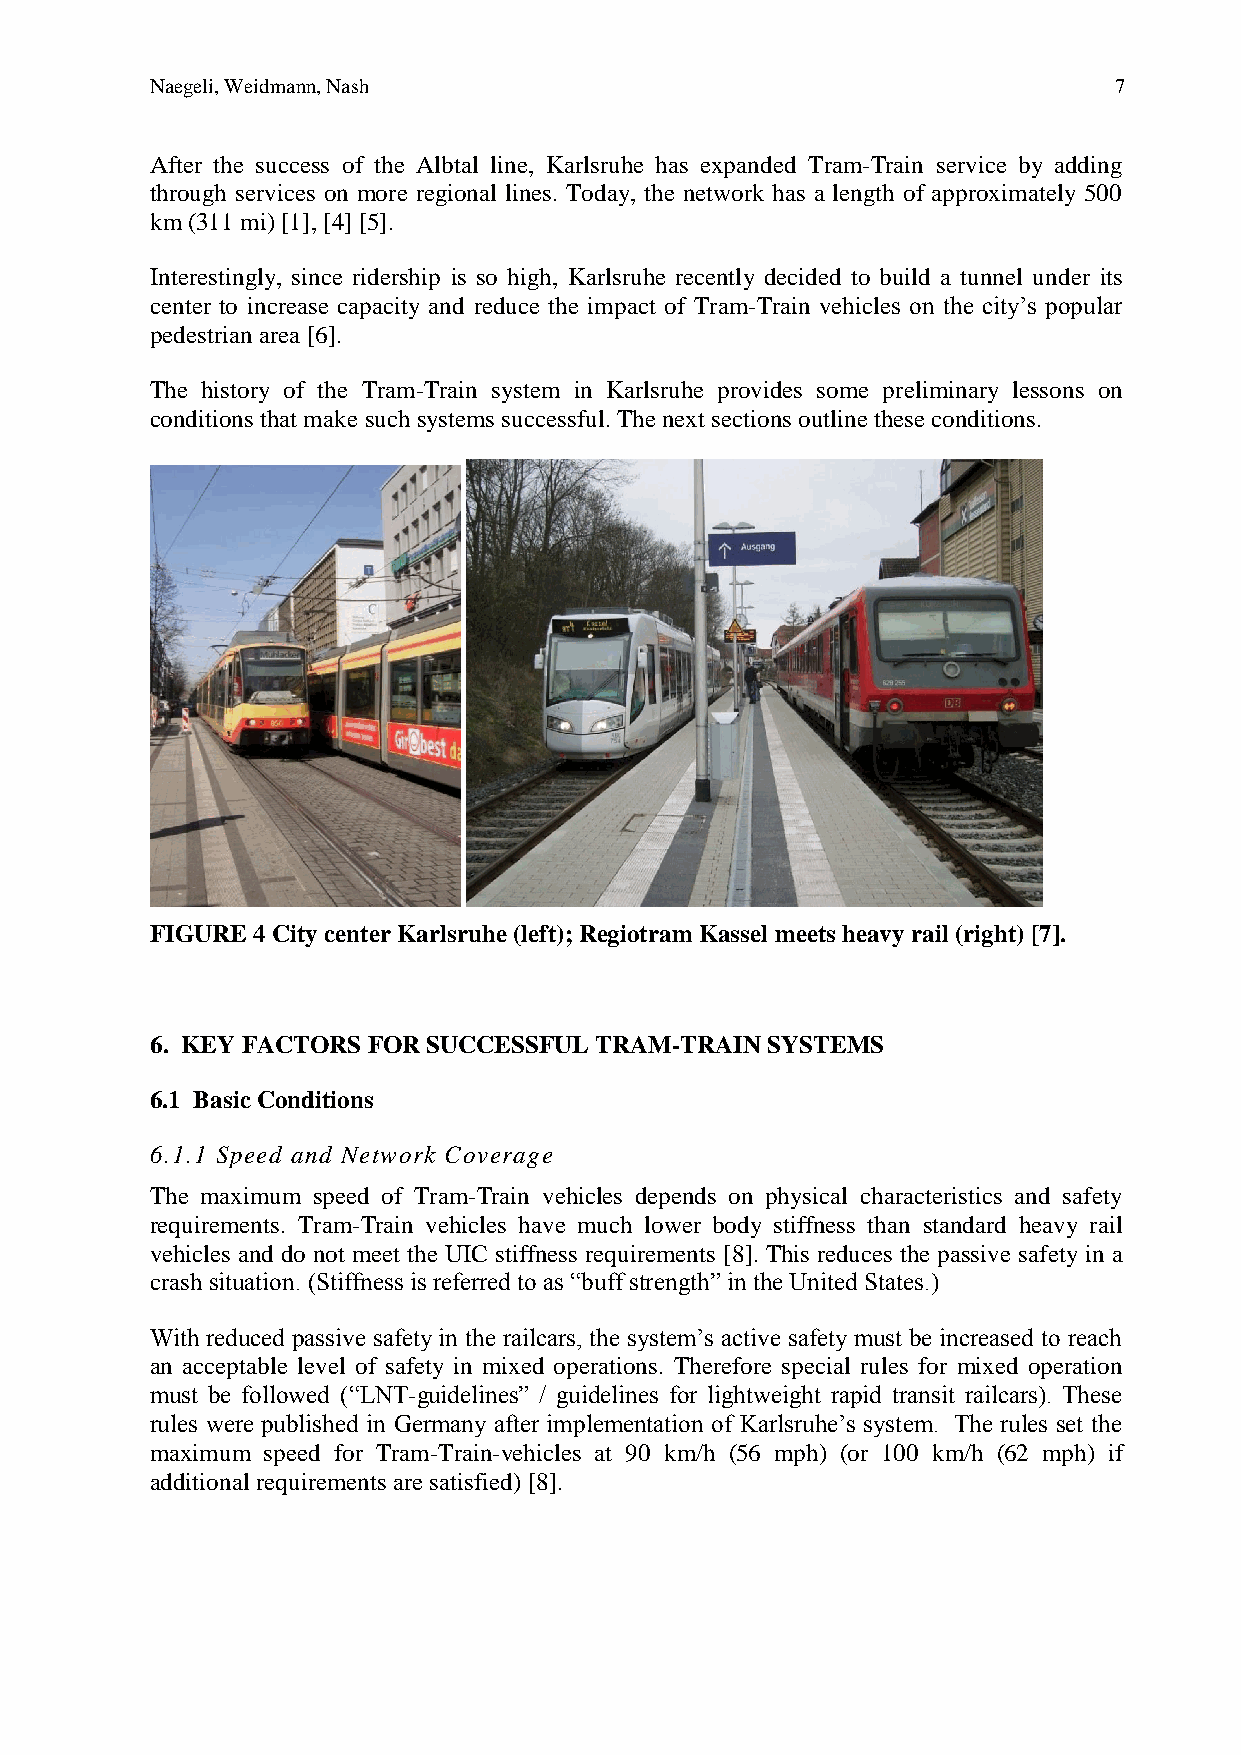
Naegeli, Weidmann, Nash                                         7
 After the success of the Albtal line, Karlsruhe has expanded Tram-Train service by adding
 through services on more regional lines. Today, the network has a length of approximately 500
 km (311 mi) [1], [4] [5].
 Interestingly, since ridership is so high, Karlsruhe recently decided to build a tunnel under its
 center to increase capacity and reduce the impact of Tram-Train vehicles on the city’s popular
 pedestrian area [6].
 The history of the Tram-Train system in Karlsruhe provides some preliminary lessons on
 conditions that make such systems successful. The next sections outline these conditions.
 FIGURE 4 City center Karlsruhe (left); Regiotram Kassel meets heavy rail (right) [7].
 6. KEY FACTORS FOR SUCCESSFUL TRAM-TRAIN SYSTEMS
 6.1 Basic Conditions
 6.1.1 Speed and Network Coverage
 The maximum speed of Tram-Train vehicles depends on physical characteristics and safety
 requirements. Tram-Train vehicles have much lower body stiffness than standard heavy rail
 vehicles and do not meet the UIC stiffness requirements [8]. This reduces the passive safety in a
 crash situation. (Stiffness is referred to as “buff strength” in the United States.)
 With reduced passive safety in the railcars, the system’s active safety must be increased to reach
 an acceptable level of safety in mixed operations. Therefore special rules for mixed operation
 must be followed (“LNT-guidelines” / guidelines for lightweight rapid transit railcars). These
 rules were published in Germany after implementation of Karlsruhe’s system. The rules set the
 maximum speed for Tram-Train-vehicles at 90 km/h (56 mph) (or 100 km/h (62 mph) if
 additional requirements are satisfied) [8].